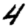
Digit: 4